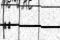
١٥